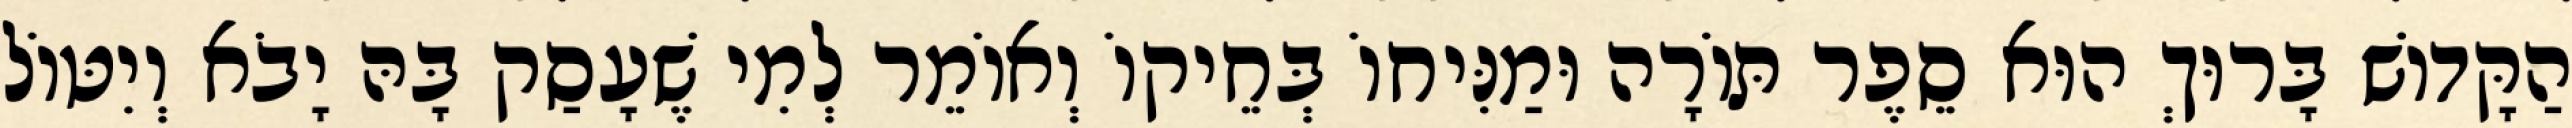
הַקָּדוֹשׁ בָּרוּךְ הוּא סֵפֶר תּוֹרָה וּמַנִּיחוֹ בְּחֵיקוֹ וְאוֹמֵר לְמִי שֶׁעָסַק בָּהּ יָבֹא וְיִטּוֹל